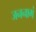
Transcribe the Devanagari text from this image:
जननागं